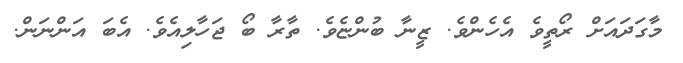
މާގަދައަށް ރޯތީވެ އެހެންވެ. ޒީނާ ބުންޏެވެ. ތާރާ ބޯ ޖަހާލިއެވެ. އެބަ އަންނަން.